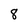
Character: 8